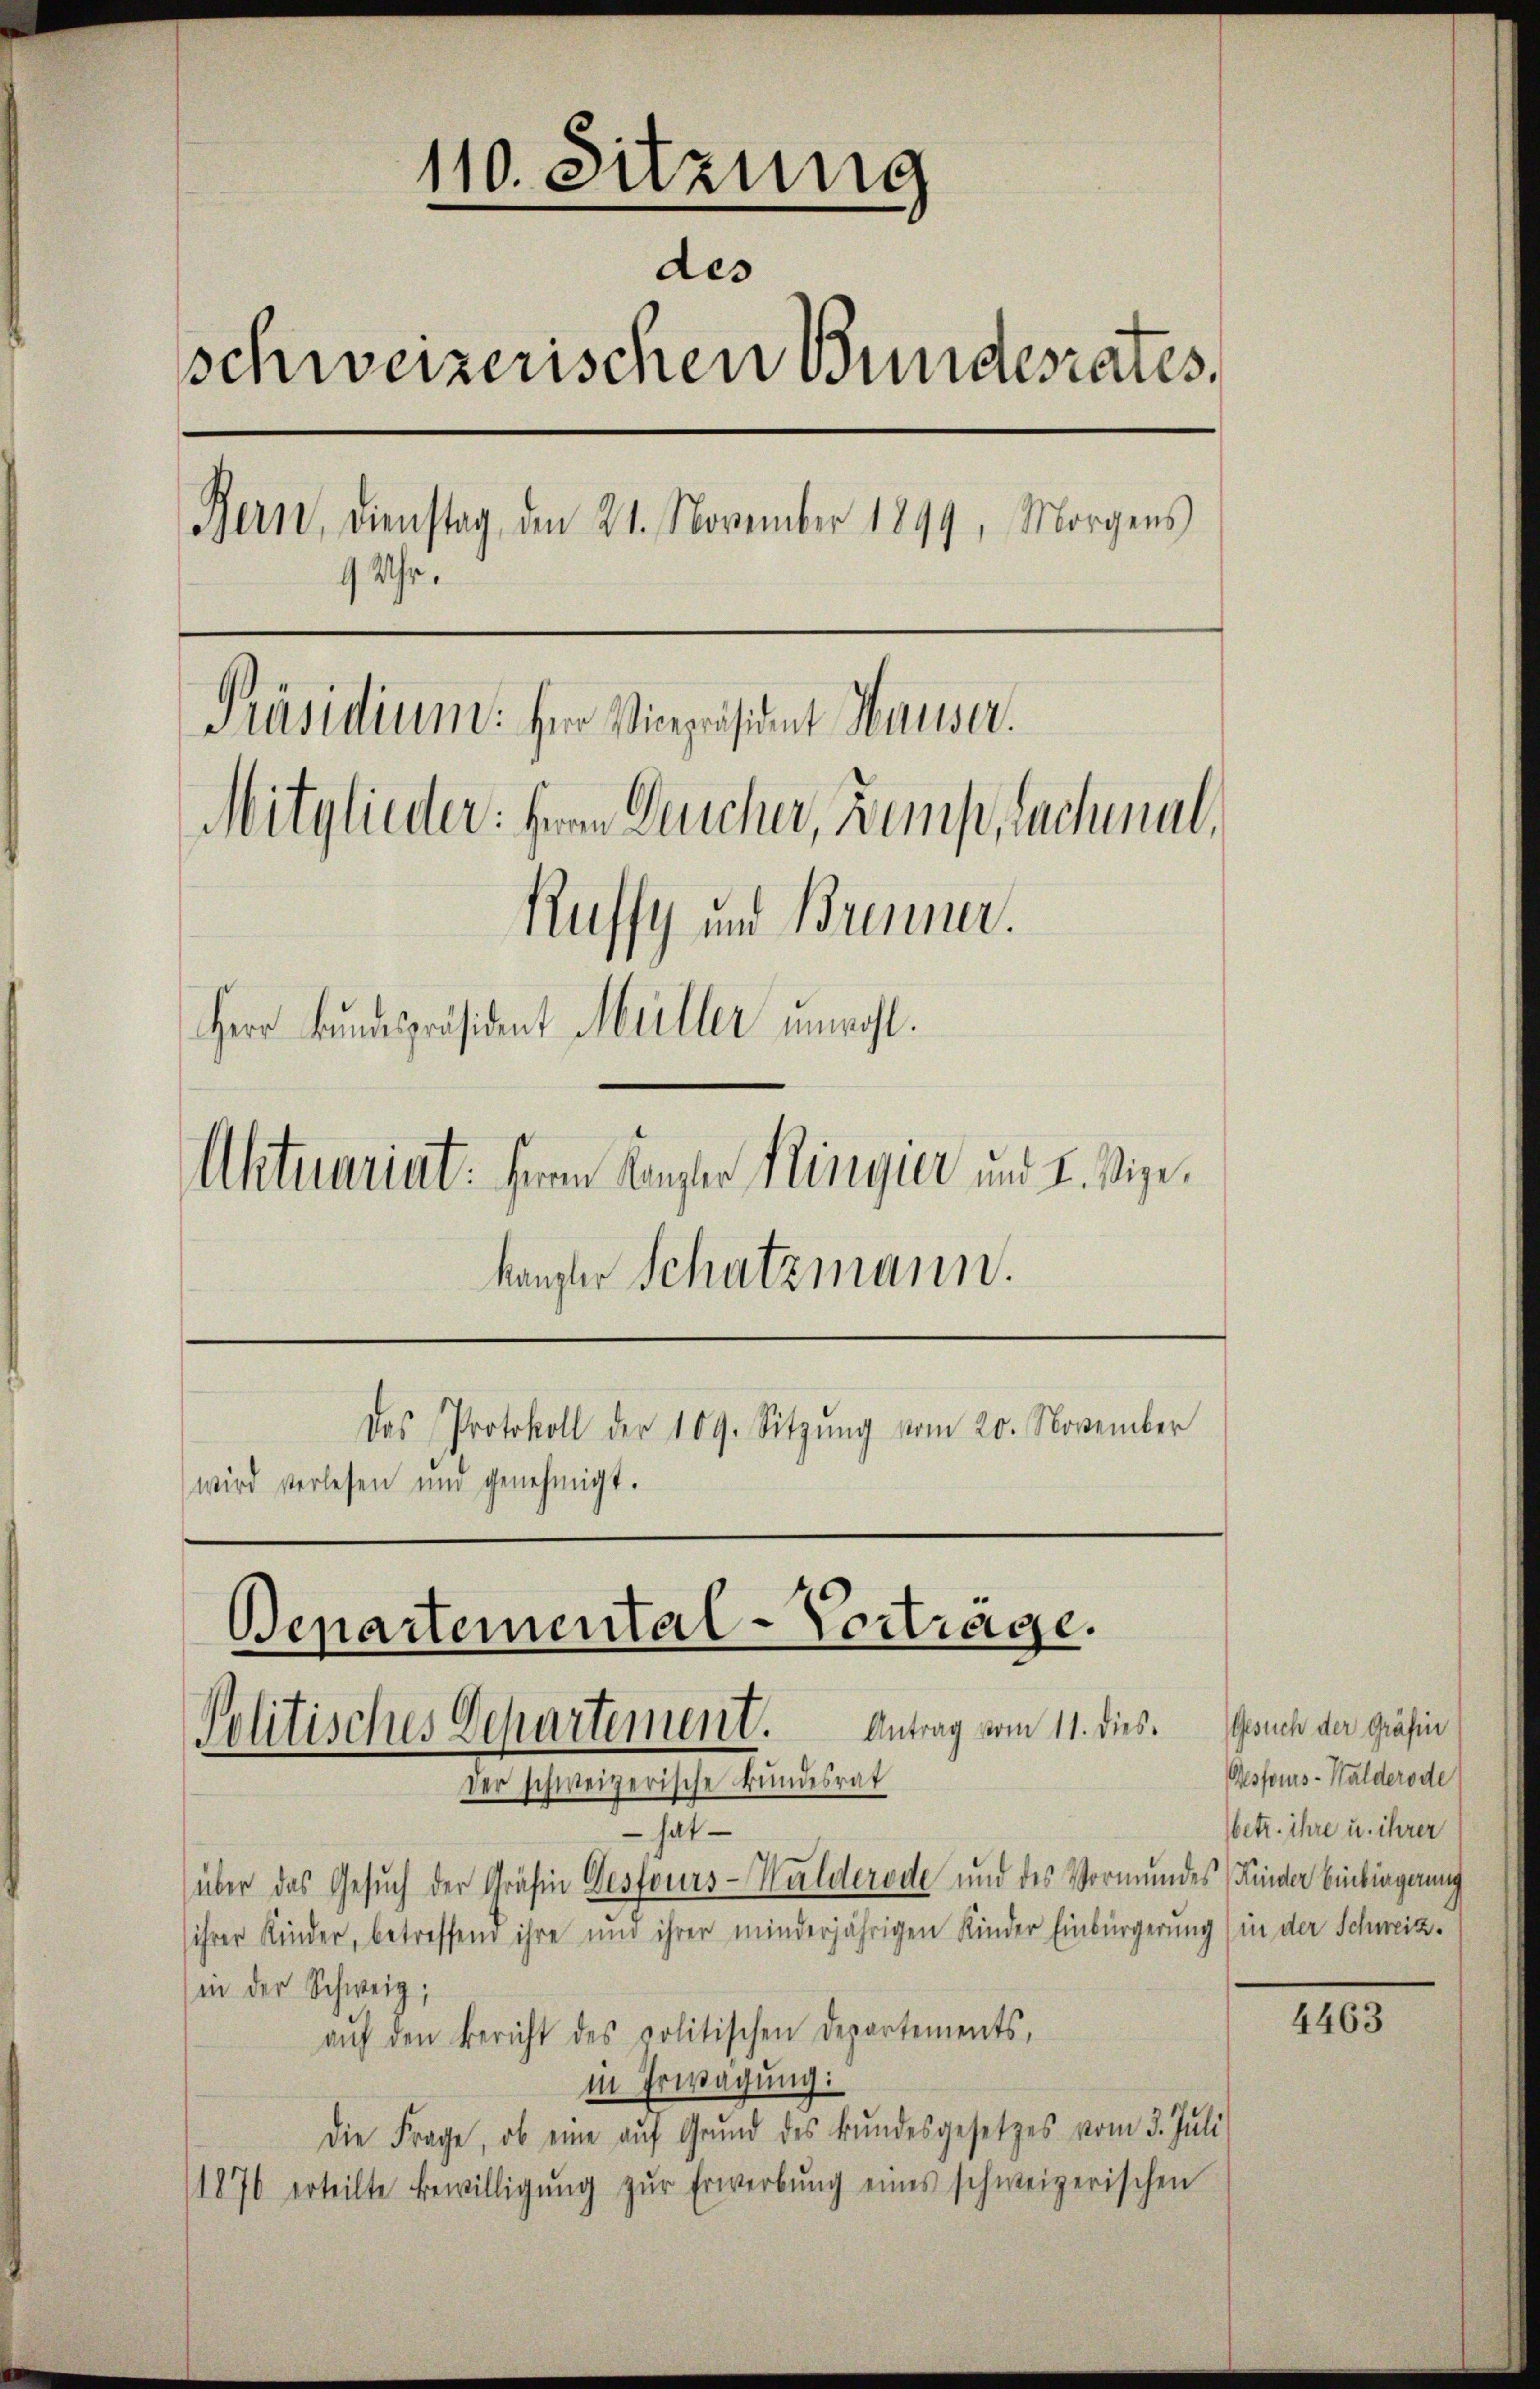
110. Sitzung
des
schweizerischen Bundesrates.
Bern, Dienstag, den 21. November 1899, Morgens
9 Uhr.
Präsidium. Herr Vicepräsident Hauser.
Mitglieder: Herrn Durcher, Bemp, Lachmal,
Ruffy und Brenner.
Herr Bundespräsident Müller unwohl.
Aktuariat: Herrn Konzer Ringier und K. Vize¬

kanzler Schatzmann.

wird verlesen und genehmigt.

Das Protokoll der 109. Sitzŭng vom 20. November

über das Gesuch der Gräfin Gestours-Walderode und des Vormundes Kinder Einbingerung
ihrer Kinder, betreffend ihre und ihrer minderjährigen Kinder Einbürgerung (in der Schweiz.
in der Schweiz,
aŭf den Bericht des politischen Departements,
in Erwägung:
Die Frage, ob eine auf Grund des Bundesgesetzes vom 3. Juli
1876 erteilte Bewilligŭng zŭr Erwerbŭng eines schweizerischen

Bepartemental-Vortrage.
Politisches Departement. Antrag vom 11. dies
Der schweizerische Bundesrat
 hat

Gesuch der Gräfin
Rsfors-Walderode
betr. ihre u. ihrer

4463